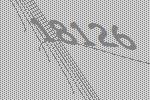
18126